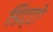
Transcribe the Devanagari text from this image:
डिट्टो